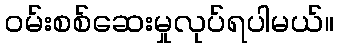
ဝမ်းစစ်ဆေးမှုလုပ်ရပါမယ်။